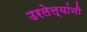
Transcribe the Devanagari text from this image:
उरलेल्यांनी